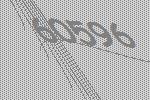
60596